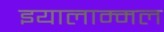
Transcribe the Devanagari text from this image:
इयालाम्मल